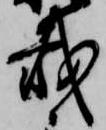
載